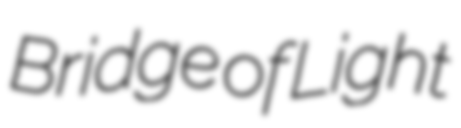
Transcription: Bridge of Light